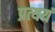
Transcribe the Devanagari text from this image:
प्रत्ययं